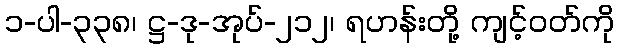
၁-ပါ-၃၃၈၊ ဋ္ဌ-ဒု-အုပ်-၂၁၂၊ ရဟန်းတို့ ကျင့်ဝတ်ကို